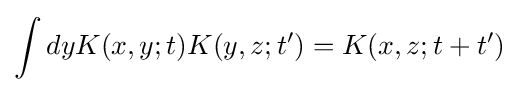
\int dyK(x,y;t)K(y,z;t')=K(x,z;t+t')~